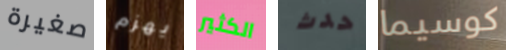
صغيرة يهزم الكثير حدث كوسيما